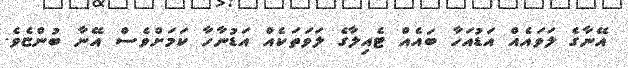
އޭނާގެ ލަވައެއް އަޑުއަހާ ބައެއް ޓެއިލާގެ ލަވަތަކެއް އަޑުނާހާ ކަމަށްވެސް އޭނާ ބުންޏެވެ.